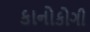
કાનોકોગી